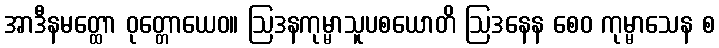
အာဒီနမတ္ထော ဝုတ္တောယေဝ။ ဩဒနကုမ္မာသူပစယောတိ ဩဒနေန စေဝ ကုမ္မာသေန စ